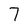
Character: 7